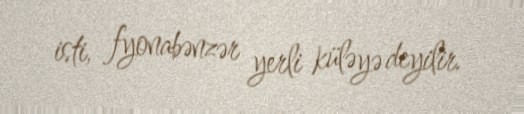
isti, fyonabənzər yerli küləyə deyilir.